Burma Government Medical School reports 1923-41
Year: 1923
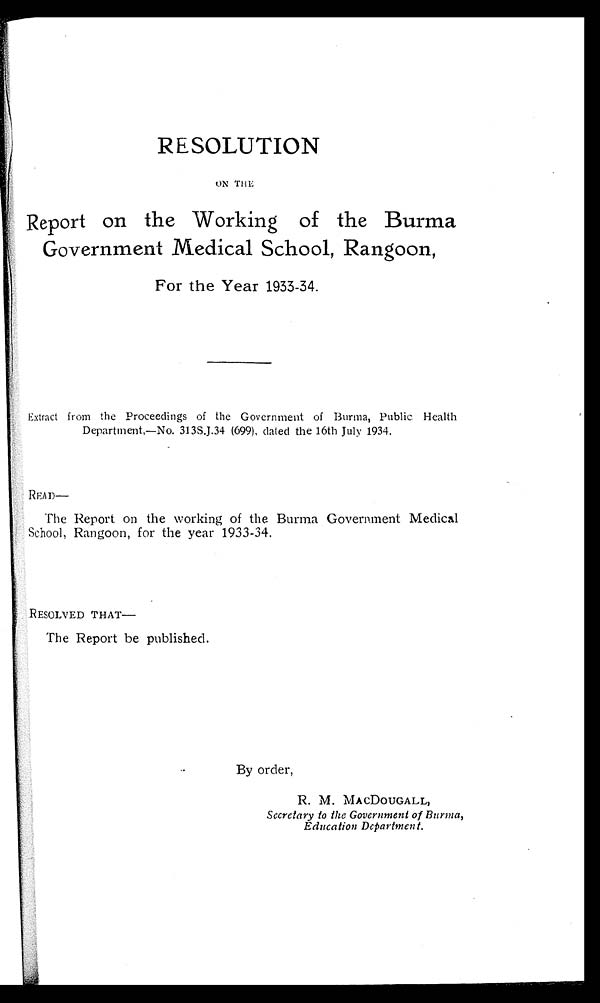
RESOLUTION
ON THE
Report on the Working of the Burma
Government Medical School, Rangoon,
For the Year 1933-34.
Extract from the Proceedings of the Government of Burma, Public Health
Department,—No. 313S.J.34 (699), dated the 16th July 1934.
READ—
The Report on the working of the Burma Government Medical
School, Rangoon, for the year 1933-34.
RESOLVED THAT—
The Report be published.
By order,
R. M. MACDOUGALL,
Secretary to the Government of Burma,
Education Department.